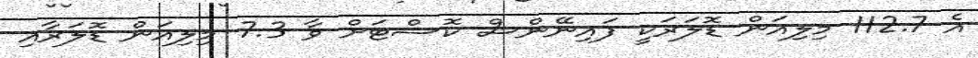
އެ 112.7 މިލިއަން ޑޮލަރަކީ ފައިނޭންސް ކޮސްޓަށް ވާ 7.3 މިލިއަން ޑޮލަރާއި